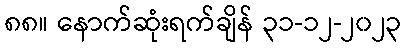
၈၈။ နောက်ဆုံးရက်ချိန် ၃၁-၁၂-၂၀၂၃